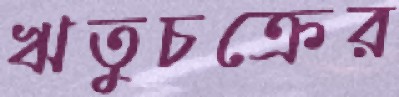
ঋতুচক্রের